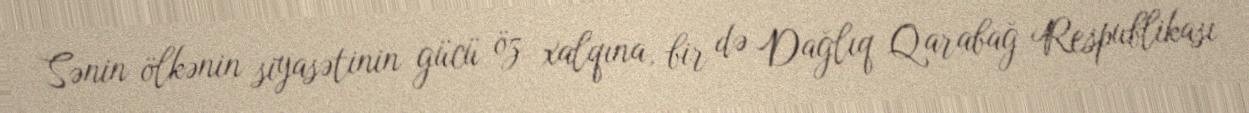
Sənin ölkənin siyasətinin gücü öz xalqına, bir də Dağlıq Qarabağ Respublikası